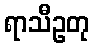
ရာသီဥတု